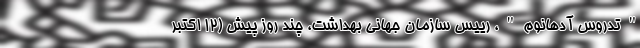
"تدروس آدهانوم"، رییس سازمان جهانی بهداشت، چند روز پیش (۱۲ اکتبر